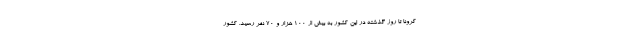
کرونا تا روز گذشته در این کشور به بیش از ۱۰۰ هزار و ۷۰ نفر رسید. کشور